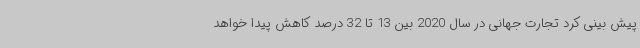
پیش بینی کرد تجارت جهانی در سال 2020 بین 13 تا 32 درصد کاهش پیدا خواهد